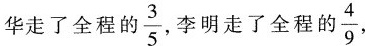
华走了全程的\frac{3}{5}，李明走了全程的 \frac{4}{9}